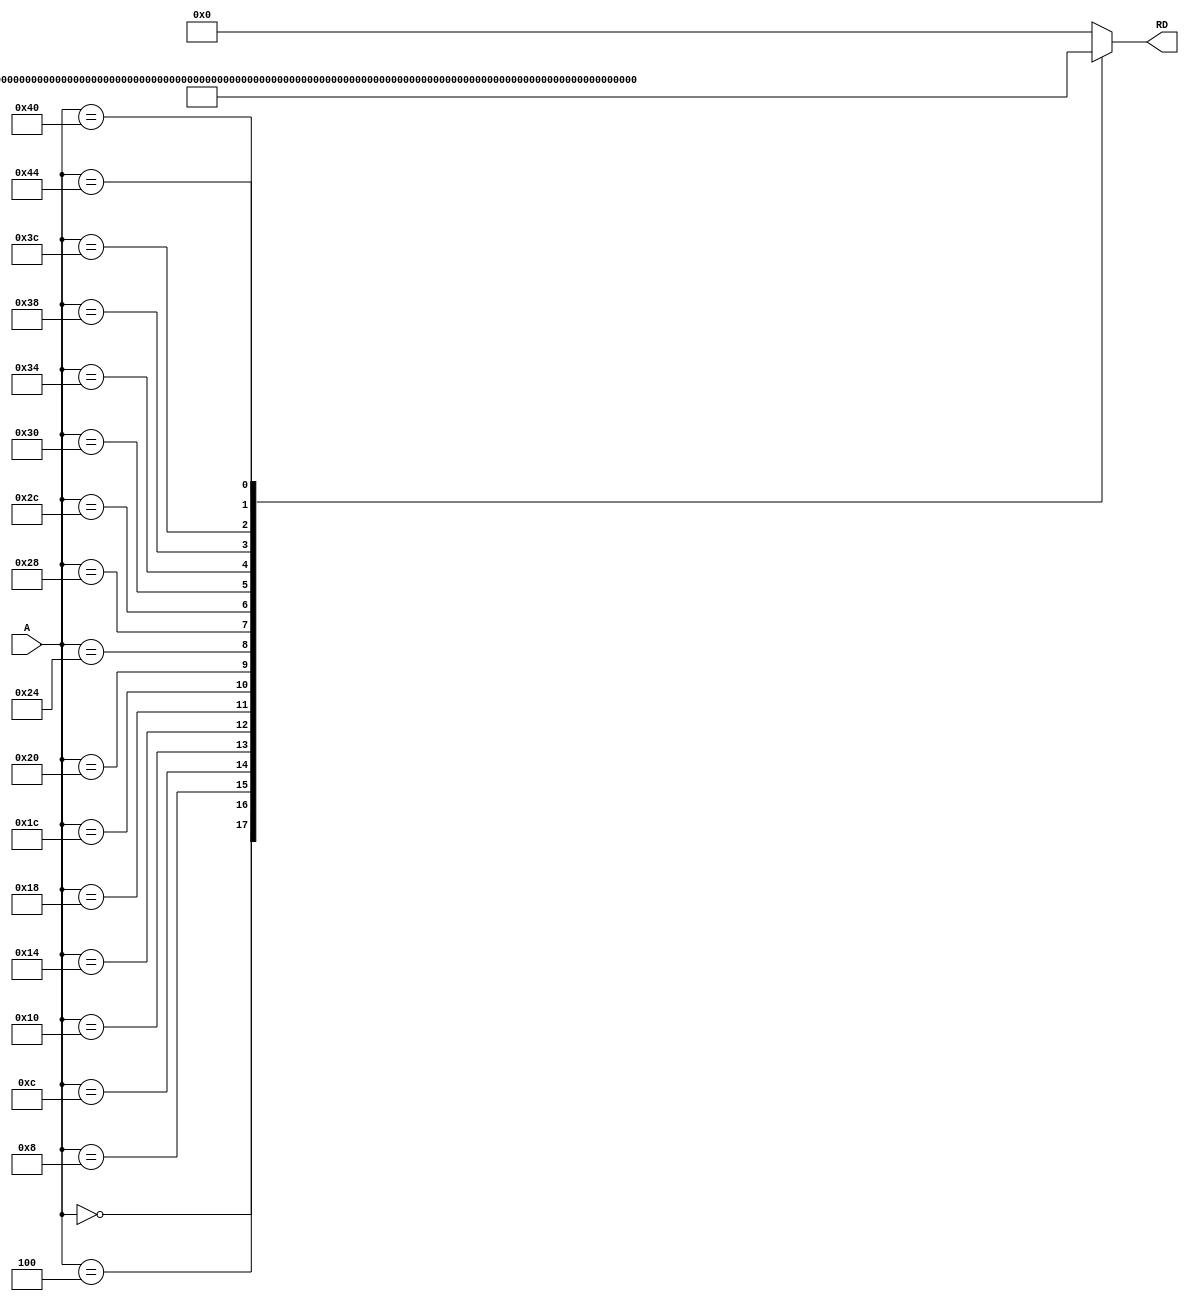
module InstructionMemory (input [31:0] A, 
						  output reg [31:0] RD
						  );
	
	always @(*) begin
		case(A)
			32'h00: RD = 32'h0ab00293;
			32'h04: RD = 32'h0cd00313;
			32'h08: RD = 32'h006283b3;
			32'h0c: RD = 32'h40700e33;
			32'h10: RD = 32'h007e2eb3;
			32'h14: RD = 32'h01c3f333;
			32'h18: RD = 32'h006e63b3;
			32'h1c: RD = 32'h01d342b3;
			32'h20: RD = 32'h0ef37393;
			32'h24: RD = 32'h0fe3ee13;
			32'h28: RD = 32'h0dce4e13;
			32'h2c: RD = 32'habcdeeb7;
			32'h30: RD = 32'h00239313;
			32'h34: RD = 32'h002ed393;
			32'h38: RD = 32'h00730e33;
			32'h3c: RD = 32'h01c32023;
			32'h40: RD = 32'h00032283;
			32'h44: RD = 32'h00028f13;
			
			default: RD = 32'h0;

		endcase

	end

endmodule